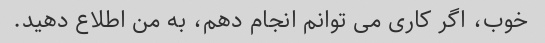
خوب، اگر کاری می توانم انجام دهم، به من اطلاع دهید.